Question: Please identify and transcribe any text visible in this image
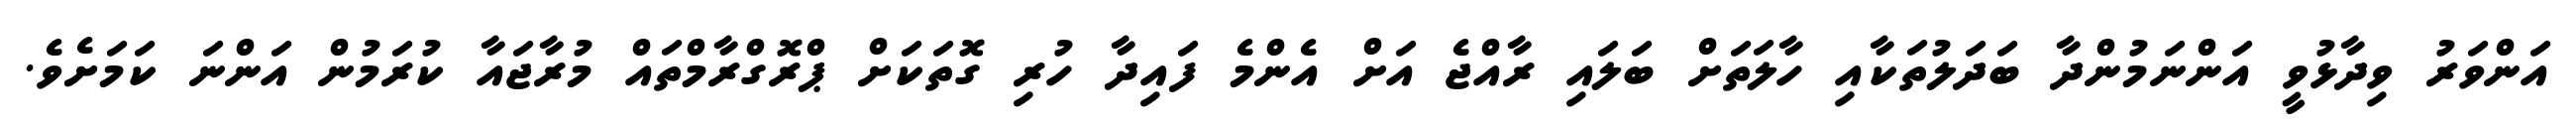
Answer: އަންވަރު ވިދާޅުވީ އަންނަމުންދާ ބަދަލުތަކާއި ހާލަތަށް ބަލައި ރާއްޖެ އަށް އެންމެ ފައިދާ ހުރި ގޮތަކަށް ޕްރޮގްރާމްތައް މުރާޖައާ ކުރަމުން އަންނަ ކަމަށެވެ.